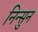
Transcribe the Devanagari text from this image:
निन्सुन